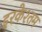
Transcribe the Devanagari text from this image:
इरकेश्तम